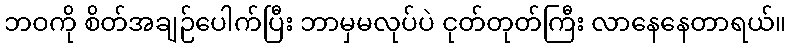
ဘဝကို စိတ်အချဉ်ပေါက်ပြီး ဘာမှမလုပ်ပဲ ငုတ်တုတ်ကြီး လာနေနေတာရယ်။